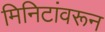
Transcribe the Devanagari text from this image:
मिनिटांवरून